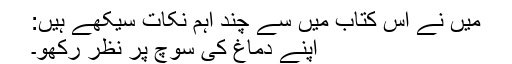
میں نے اس کتاب میں سے چند اہم نکات سیکھے ہیں:
اپنے دماغ کی سوچ پر نظر رکھو۔